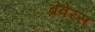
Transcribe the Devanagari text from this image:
ब्रेवेरस